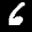
Label: 6